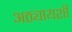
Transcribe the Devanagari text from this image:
अठ्यायशी